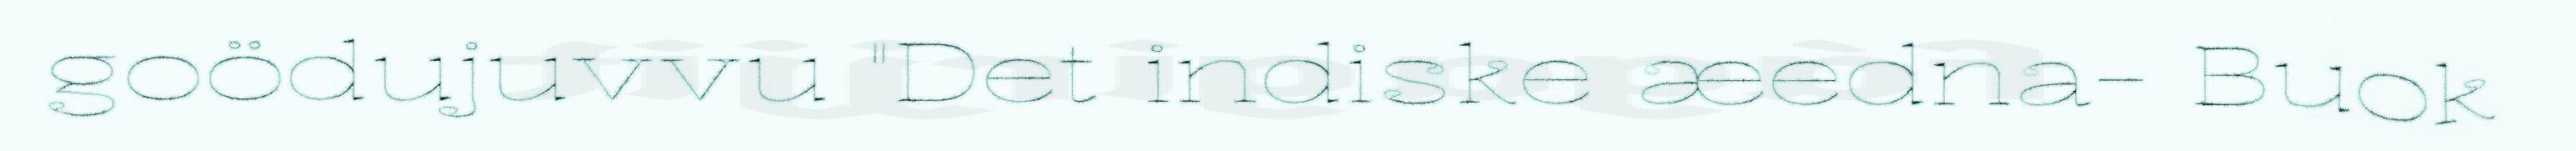
goödujuvvu "Det indiske æedna- Buok